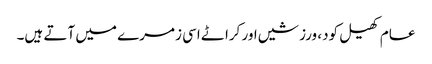
عام کھیل کود، ورزشیں اور کراٹے اسی زمرے میں آتے ہیں۔